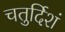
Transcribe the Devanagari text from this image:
चतुर्दिशं